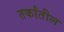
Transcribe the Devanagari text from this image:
तर्कांतील